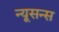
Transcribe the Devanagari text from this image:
न्यूसन्स